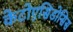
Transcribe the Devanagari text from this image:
केटोएसिडोसिस